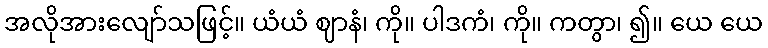
အလိုအားလျော်သဖြင့်။ ယံယံ ဈာနံ၊ ကို။ ပါဒကံ၊ ကို။ ကတွာ၊ ၍။ ယေ ယေ